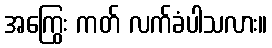
အကြွေး ကတ် လက်ခံပါသလား။